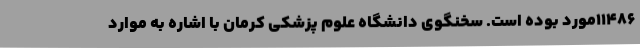
11486مورد بوده است. سخنگوی دانشگاه علوم پزشکی کرمان با اشاره به موارد